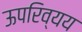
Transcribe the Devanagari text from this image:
ऊपरिव्यय